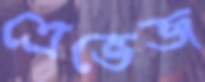
ত্রেভেজ